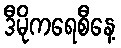
ဒီမိုကရေစီနေ့